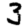
Digit: 3